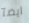
ايضآ